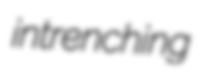
intrenching